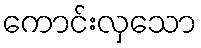
ကောင်းလှသော